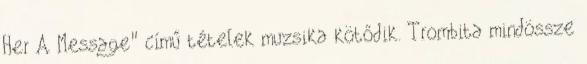
Her A Message" című tételek muzsika kötődik. Trombita mindössze